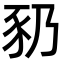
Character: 𬤻